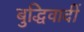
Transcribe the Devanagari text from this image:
बुद्धिवादीं